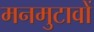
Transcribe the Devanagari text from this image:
मनमुटावों